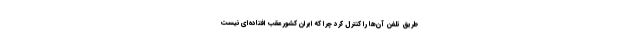
طریق تلفن آن‌ها را کنترل کرد چرا که ایران کشور عقب افتاده‌ای نیست